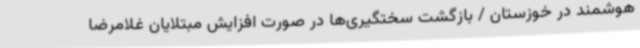
هوشمند در خوزستان / بازگشت سختگیری‌ها در صورت افزایش مبتلایان غلامرضا